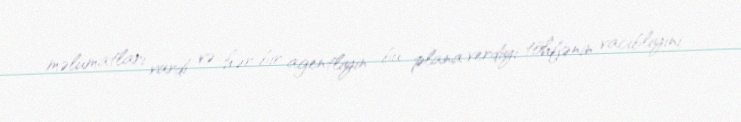
məlumatları vardı və hər bir agentliyin bu plana verdiyi töhfənin vacibliyini